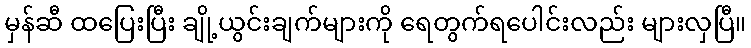
မှန်ဆီ ထပြေးပြီး ချို့ယွင်းချက်များကို ရေတွက်ရပေါင်းလည်း များလှပြီ။